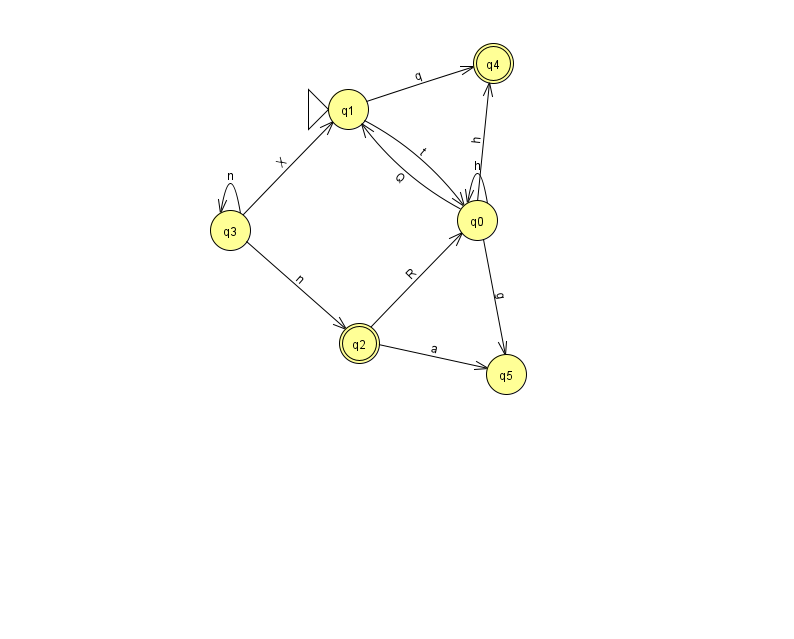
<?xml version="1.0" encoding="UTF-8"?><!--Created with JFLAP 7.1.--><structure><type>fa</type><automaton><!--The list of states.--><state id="0" name="q0"><x>477.0</x><y>207.0</y></state><state id="1" name="q1"><x>348.0</x><y>96.0</y><initial/></state><state id="2" name="q2"><x>359.0</x><y>330.0</y><final/></state><state id="3" name="q3"><x>230.0</x><y>217.0</y></state><state id="4" name="q4"><x>493.0</x><y>50.0</y><final/></state><state id="5" name="q5"><x>506.0</x><y>361.0</y></state><!--The list of transitions.--><transition><from>0</from><to>1</to><read>Q</read></transition><transition><from>0</from><to>4</to><read>h</read></transition><transition><from>2</from><to>5</to><read>a</read></transition><transition><from>1</from><to>0</to><read>t</read></transition><transition><from>3</from><to>2</to><read>n</read></transition><transition><from>0</from><to>0</to><read>h</read></transition><transition><from>1</from><to>4</to><read>q</read></transition><transition><from>2</from><to>0</to><read>R</read></transition><transition><from>3</from><to>1</to><read>X</read></transition><transition><from>0</from><to>5</to><read>g</read></transition><transition><from>3</from><to>3</to><read>n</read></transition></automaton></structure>